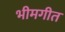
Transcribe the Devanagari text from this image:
भीमगीत